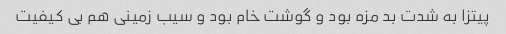
پیتزا به شدت بد مزه بود و گوشت خام بود و سیب زمینی هم بی کیفیت